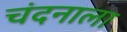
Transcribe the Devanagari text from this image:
चंदनाला